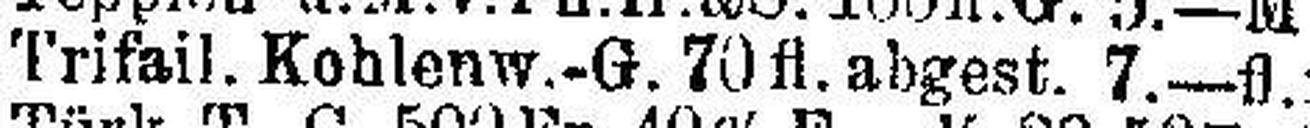
Trifail. Kohlenw.-G. 70 fl. abgest. 7.—fl.